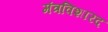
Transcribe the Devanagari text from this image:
मंत्रविशारद